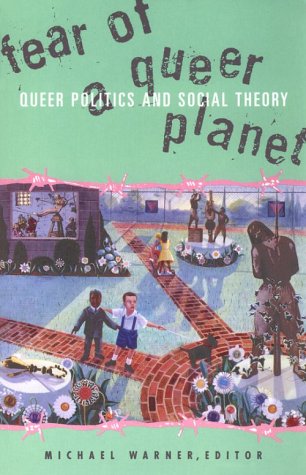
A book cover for Fear Of A Queer Planet: Queer Politics and Social Theory (Studies in Classical Philology); Michael Warner; Gay & Lesbian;